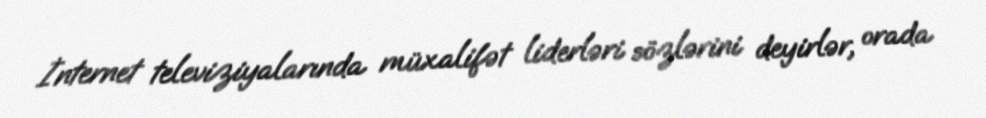
İnternet televiziyalarında müxalifət liderləri sözlərini deyirlər, orada